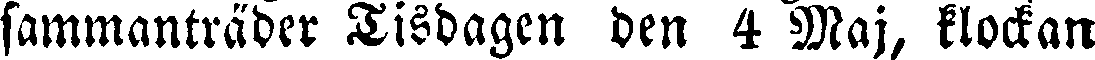
sammanträder Tisdagen den 4 Maj, klockan